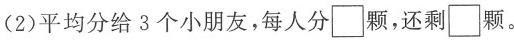
(2)平均分给3个小朋友，每人分\Box颗，还剩\Box颗。